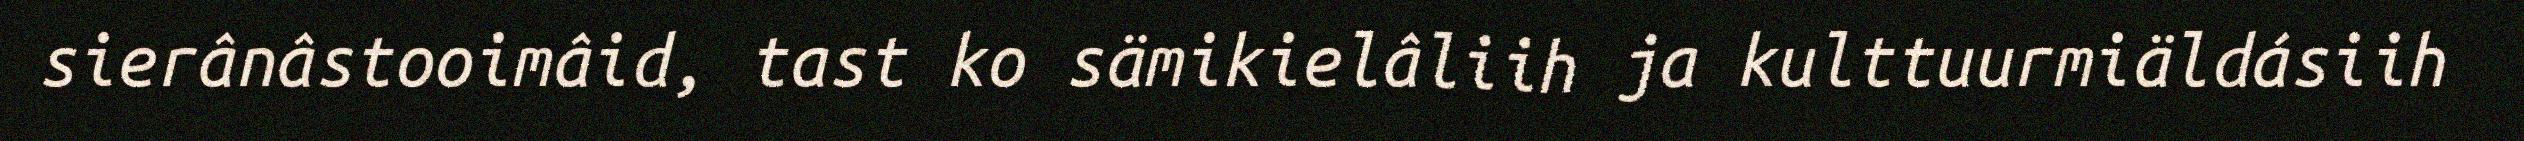
sierânâstooimâid, tast ko sämikielâliih ja kulttuurmiäldásiih